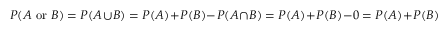
P ( A { \mathrm { ~ o r ~ } } B ) = P ( A \cup B ) = P ( A ) + P ( B ) - P ( A \cap B ) = P ( A ) + P ( B ) - 0 = P ( A ) + P ( B )